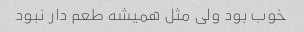
خوب بود ولی مثل همیشه طعم دار نبود